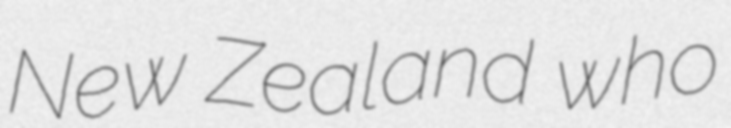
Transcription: New Zealand who